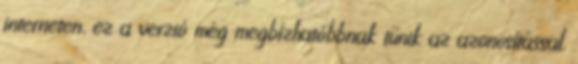
interneten, ez a verzió még megbízhatóbbnak tűnik az azonosítással.